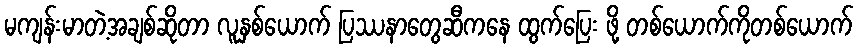
မကျန်းမာတဲ့အချစ်ဆိုတာ လူနှစ်ယောက် ပြဿနာတွေဆီကနေ ထွက်ပြေး ဖို့ တစ်ယောက်ကိုတစ်ယောက်